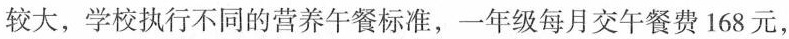
较大，学校执行不同的营养午餐标准，一年级每月交午餐费168元，